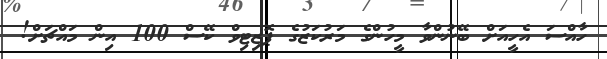
ހާއްސަ އެހީއަށް ބޭނުންވާ މީހުންގެ މަރުކަޒުގެ ޕޮޒިޓިވް ކޭސް 100 އިން މައްޗަށް!